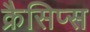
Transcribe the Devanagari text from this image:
क्रैसिप्स